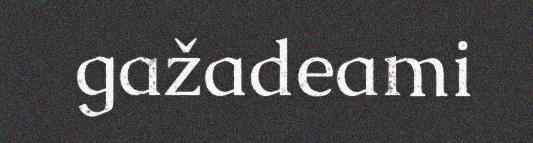
gažadeami